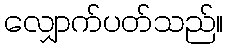
လျှောက်ပတ်သည်။